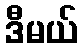
ဒီမယ်